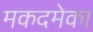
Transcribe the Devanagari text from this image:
मकदमेका